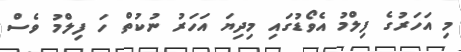
މި އަހަރުގެ ފިލްމު އެވޯޑުގައި މިދިޔަ އަހަަރު ނުކުތް ހަ ފިލްމު ވެސް